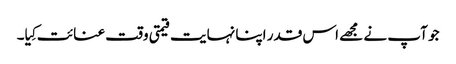
جو آپ نے مجھے اس قدر اپنا نہایت قیمتی وقت عنائت کِیا۔